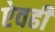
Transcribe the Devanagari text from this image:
ऐवढी